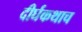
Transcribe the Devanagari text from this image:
दीर्घकथाच